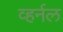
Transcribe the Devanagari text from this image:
व्हर्नल